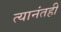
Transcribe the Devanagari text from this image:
त्यानंतही